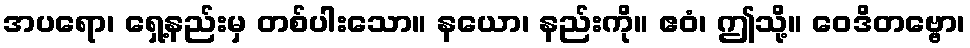
အပရော၊ ရှေ့နည်းမှ တစ်ပါးသော။ နယော၊ နည်းကို။ ဧဝံ၊ ဤသို့။ ဝေဒိတဗ္ဗော၊